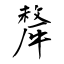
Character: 犛